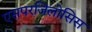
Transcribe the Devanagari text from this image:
एसपरजिलोसिस